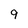
Character: 9